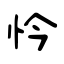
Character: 忴